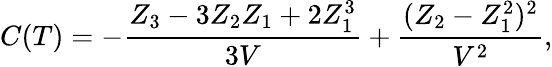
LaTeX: C(T)=-\frac{Z_{3}-3Z_{2}Z_{1}+2Z_{1}^{3}}{3V}+\frac{(Z_{2}-Z_{1}^{2})^{2}}{V^{2}},